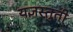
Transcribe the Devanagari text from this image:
यज्ञस्तुती